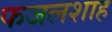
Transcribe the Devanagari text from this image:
फजलशाह